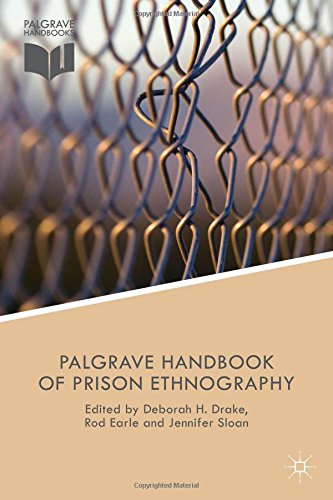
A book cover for The Palgrave Handbook of Prison Ethnography (Palgrave Studies in Prisons and Penology); Politics & Social Sciences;